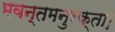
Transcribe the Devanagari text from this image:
भवन्तमनुरक्ता।